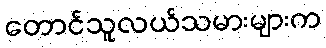
တောင်သူလယ်သမားများက